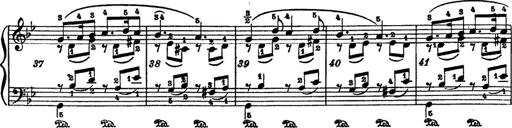
Title: 6 Polish Songs
Composer: Franz Liszt